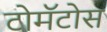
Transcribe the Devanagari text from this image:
टोमॅटोस